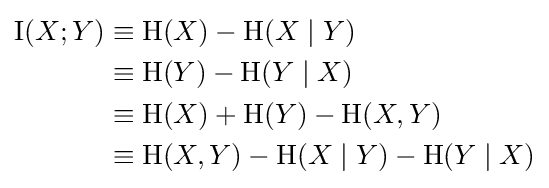
{\begin{aligned}\operatorname {I} (X;Y)&{}\equiv \mathrm {H} (X)-\mathrm {H} (X\mid Y)\\&{}\equiv \mathrm {H} (Y)-\mathrm {H} (Y\mid X)\\&{}\equiv \mathrm {H} (X)+\mathrm {H} (Y)-\mathrm {H} (X,Y)\\&{}\equiv \mathrm {H} (X,Y)-\mathrm {H} (X\mid Y)-\mathrm {H} (Y\mid X)\end{aligned}}